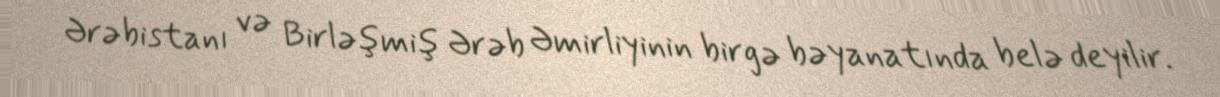
Ərəbistanı və Birləşmiş Ərəb Əmirliyinin birgə bəyanatında belə deyilir.